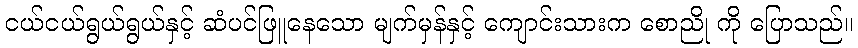
ငယ်ငယ်ရွယ်ရွယ်နှင့် ဆံပင်ဖြူနေသော မျက်မှန်နှင့် ကျောင်းသားက စောညို ကို ပြောသည်။